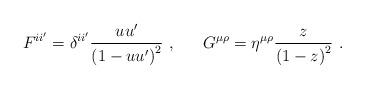
LaTeX: \begin{align*}F^{ii'} = \delta^{ii'} \frac{uu'}{\left(1-uu' \right)^{2}}~,~~~~~ G^{\mu\rho}= \eta^{\mu\rho} \frac{z}{\left(1-z \right)^{2}}~.\end{align*}